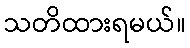
သတိထားရမယ်။